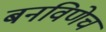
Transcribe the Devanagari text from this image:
बनविणेच